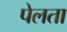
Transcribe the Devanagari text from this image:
पेलता